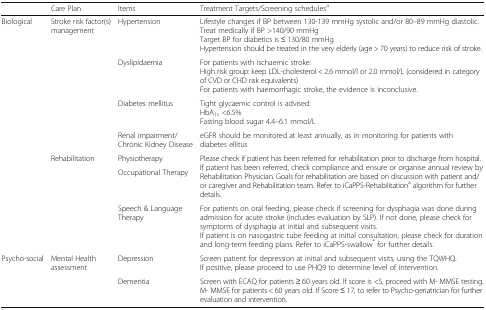
<table><thead><tr><td></td><td><b>Care Plan</b></td><td><b>Items</b></td><td><b>Treatment Targets/Screening schedules<sup>a</sup></b></td></tr></thead><tbody><tr><td rowspan="7">Biological</td><td rowspan="4">Stroke risk factor(s) management</td><td>Hypertension</td><td>Lifestyle changes if BP between 130-139 mmHg systolic and/or 80–89 mmHg diastolic.Treat medically if BP &gt;140/90 mmHgTarget BP for diabetics is ≤ 130/80 mmHgHypertension should be treated in the very elderly (age &gt; 70 years) to reduce risk of stroke.</td></tr><tr><td>Dyslipidaemia</td><td>For patients with ischaemic stroke:High risk group: keep LDL-cholesterol &lt; 2.6 mmol/l or 2.0 mmol/L (considered in category of CVD or CHD risk equivalents)For patients with haemorrhagic stroke, the evidence is inconclusive.</td></tr><tr><td>Diabetes mellitus</td><td>Tight glycaemic control is advised:HbA<sub>1c</sub> &lt;6.5%Fasting blood sugar 4.4–6.1 mmol/L</td></tr><tr><td>Renal impairment/Chronic Kidney Disease</td><td>eGFR should be monitored at least annually, as in monitoring for patients with diabetes ellitus</td></tr><tr><td rowspan="3">Rehabilitation</td><td>Physiotherapy</td><td rowspan="2">Please check if patient has been referred for rehabilitation prior to discharge from hospital.If patient has been referred, check compliance and ensure or organise annual review by Rehabilitation Physician. Goals for rehabilitation are based on discussion with patient and/or caregiver and Rehabilitation team. Refer to iCaPPS-Rehabilitation<sup>a</sup> algorithm for further details.</td></tr><tr><td>Occupational Therapy</td></tr><tr><td>Speech &amp; Language Therapy</td><td>For patients on oral feeding, please check if screening for dysphagia was done during admission for acute stroke (includes evaluation by SLP). If not done, please check for symptoms of dysphagia at initial and subsequent visits.If patient is on nasogastric tube feeding at initial consultation, please check for duration and long-term feeding plans. Refer to iCaPPS-swallow<sup>*</sup> for further details.</td></tr><tr><td rowspan="2">Psycho-social</td><td rowspan="2">Mental Health assessment</td><td>Depression</td><td>Screen patient for depression at initial and subsequent visits, using the TQWHQ.If positive, please proceed to use PHQ9 to determine level of intervention.</td></tr><tr><td>Dementia</td><td>Screen with ECAQ for patients ≥ 60 years old. If score is &lt;5, proceed with M- MMSE testing.M- MMSE for patients &lt; 60 years old. If Score ≤ 17, to refer to Psycho-geriatrician for further evaluation and intervention.</td></tr></tbody></table>